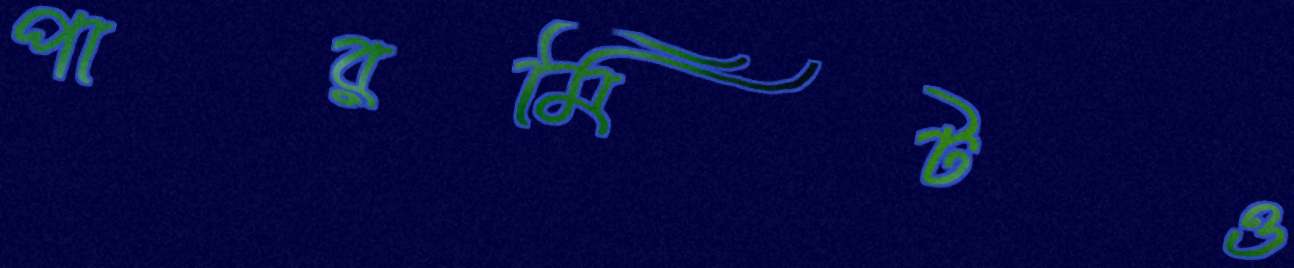
পারমিটও